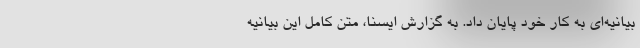
بیانیه‌ای به کار خود پایان داد. به گزارش ایسنا، متن کامل این بیانیه